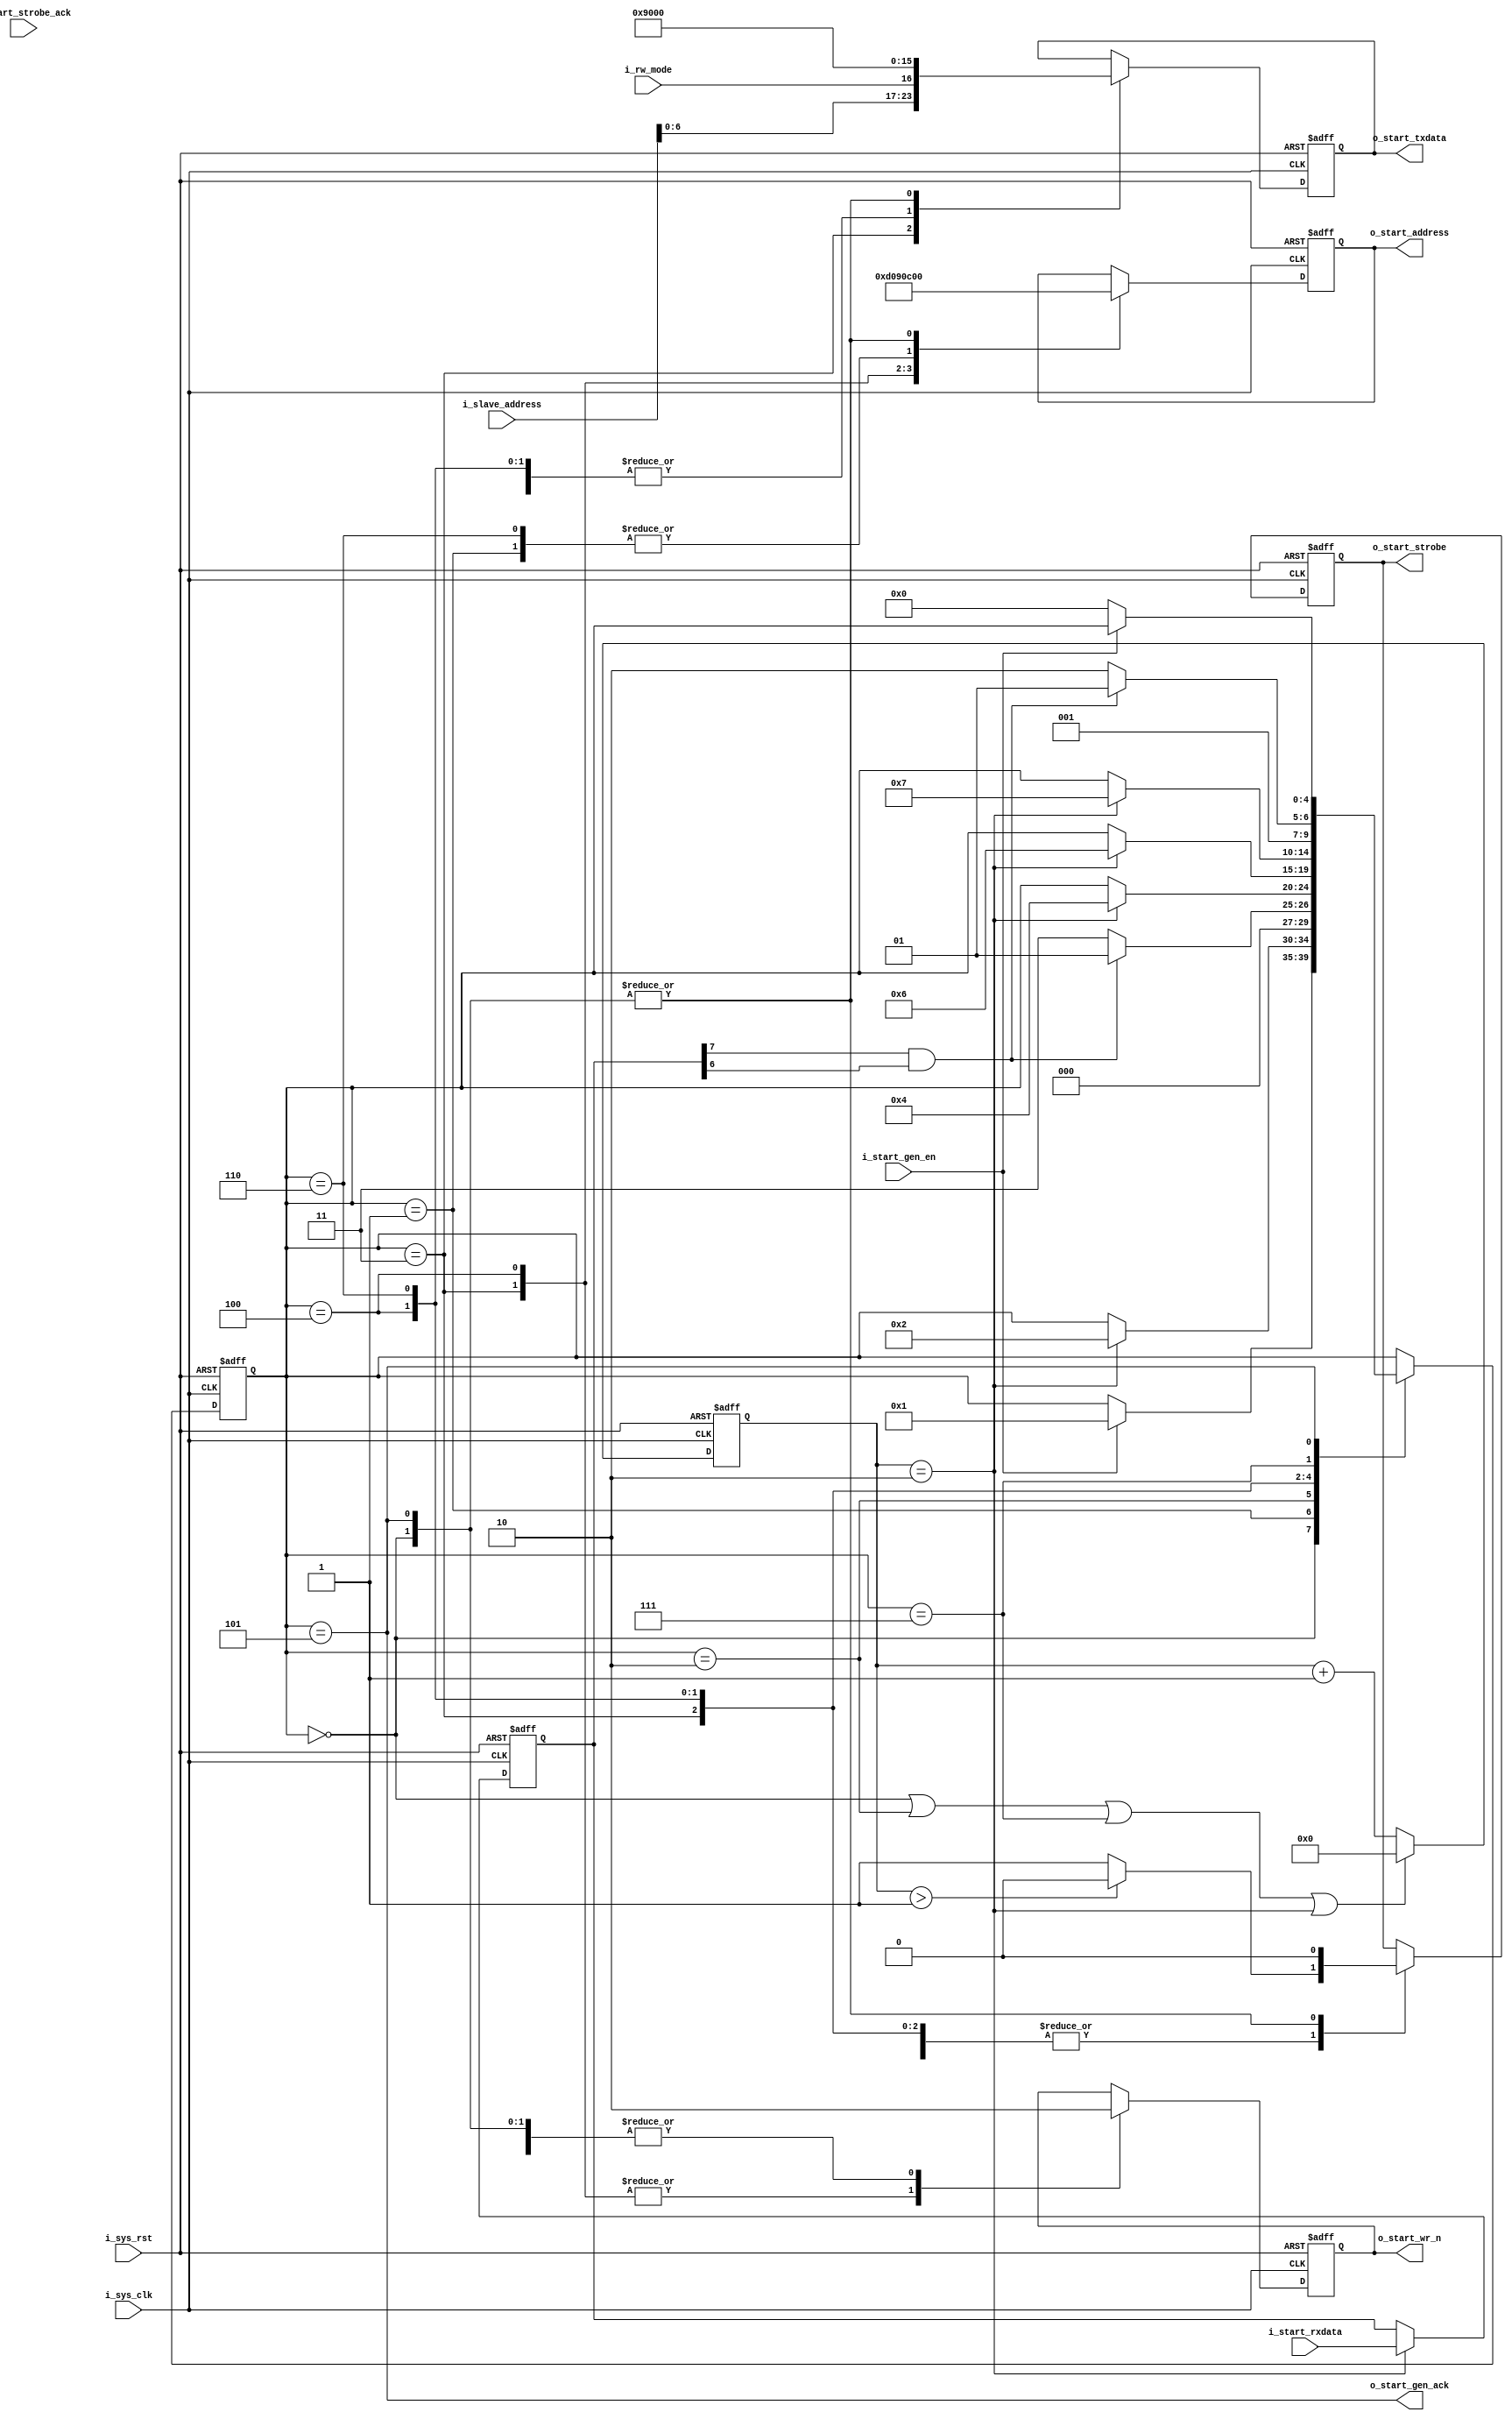
//-------------------------------------------------------------------------
//  >>>>>>>>>>>>>>>>>>>>>>>>> COPYRIGHT NOTICE <<<<<<<<<<<<<<<<<<<<<<<<<
//-------------------------------------------------------------------------
//  Copyright (c) 2012 by Lattice Semiconductor Corporation      
// 
//-------------------------------------------------------------------------
// Permission:
//
//   Lattice Semiconductor grants permission to use this code for use
//   in synthesis for any Lattice programmable logic product.  Other
//   use of this code, including the selling or duplication of any
//   portion is strictly prohibited.
//
// Disclaimer:
//
//   This VHDL or Verilog source code is intended as a design reference
//   which illustrates how these types of functions can be implemented.
//   It is the user's responsibility to verify their design for
//   consistency and functionality through the use of formal
//   verification methods.  Lattice Semiconductor provides no warranty
//   regarding the use or functionality of this code.
//-------------------------------------------------------------------------
//
//    Lattice Semiconductor Corporation
//    5555 NE Moore Court
//    Hillsboro, OR 97124
//    U.S.A
//
//    TEL: 1-800-Lattice (USA and Canada)
//    503-268-8001 (other locations)
//
//    web: http://www.latticesemi.com/
// 
//-------------------------------------------------------------------------
// 
//  Project  : LP3.5K_Pedometer_with_BLE_Interface
// 
//  Description: I2C master start condition generation logic
//
//  Code Revision History :
//-------------------------------------------------------------------------
// Ver: | Author        | Mod. Date    |Changes Made:
// V1.0 | MDN           | 03-Nov-12    |Initial version                             
//------------------------------------------------------------------------- 

`timescale 1 ns / 1 ps

module i2c_master_start_gen(
			    // Global inputs
			    i_sys_clk, i_sys_rst,
			    /*AUTOARG*/
			    // Outputs
			    o_start_gen_ack, o_start_address, o_start_txdata, o_start_strobe,
			    o_start_wr_n,
			    // Inputs
			    i_rw_mode, i_start_gen_en, i_start_strobe_ack, i_slave_address,
			    i_start_rxdata
			    );

   // Parameters
   // FSM states
   parameter IDLE     = 0;
   parameter STATE_1  = 1;
   parameter STATE_2  = 2;
   parameter STATE_3  = 3;
   parameter STATE_4  = 4;
   parameter STATE_5  = 5;
   parameter STATE_6  = 6;
   parameter STATE_7  = 7;

   // Global inputs
   input         i_sys_clk;
   input         i_sys_rst;

   // Outputs                  
   output        o_start_gen_ack;
   output [7:0]  o_start_address;
   output [7:0]  o_start_txdata;
   output        o_start_strobe;
   output        o_start_wr_n;
   
   // Inputs
   input         i_rw_mode;
   input         i_start_gen_en;
   input         i_start_strobe_ack;
   input [7:0] 	 i_slave_address;
   input [7:0] 	 i_start_rxdata;

   // Internal signals
   reg [4:0] 	 state_i;
   wire          terminate_strobe_i;
   wire          switch_state_i;
   reg [3:0] 	 cycle_count_i;
   reg [7:0] 	 rxdata_i;
   reg [7:0] 	 address_i;
   reg [7:0] 	 tx_data_i;
   reg           strobe_i;
   reg           wr_n_i;

   assign o_start_address = address_i;
   assign o_start_txdata  = tx_data_i;
   assign o_start_strobe  = strobe_i;
   assign o_start_wr_n    = wr_n_i;
   assign o_start_gen_ack = (state_i == STATE_5);
   
   // State machine to drive system interface bus
   always @(posedge i_sys_clk or posedge i_sys_rst)begin
      if(i_sys_rst)begin
         state_i <= IDLE;
         tx_data_i <= 0;
         address_i <= 0;
         strobe_i <= 0;
         wr_n_i <= 0;
      end else begin
         case(state_i)
           // Waiting for external trigger to start with configuration sequence                
           IDLE:begin
              if(i_start_gen_en)begin 
                 state_i <= STATE_1; //Skipped reading status register
              end
              tx_data_i <= 0;
              address_i <= 0;
              strobe_i <= 0;
              wr_n_i <= 0;
           end

           //Read status register to check if transaction in progress
           STATE_1:begin 
              if(switch_state_i)begin
                 state_i <= STATE_2;
              end
              tx_data_i <= 8'b1001_0000; // Don't care
              address_i <= 8'b0000_1100; // Status register
              wr_n_i <= 1'b0; //read
              
              if(terminate_strobe_i)begin
                 strobe_i <= 1'b0;
              end else begin
                 strobe_i <= 1'b1;
              end
           end

           //Check if BUSY and TIP are 0
           STATE_2:begin
              if(!(rxdata_i[7] & rxdata_i[6]))begin
                 state_i <= STATE_3;
              end else begin
                 state_i <= STATE_1;
              end
           end

           //Write slave address to tx register
           STATE_3:begin 
              if(switch_state_i)begin
                 state_i <= STATE_4;
              end
              tx_data_i <= {i_slave_address[6:0], i_rw_mode};
              address_i <= 8'b0000_1101;
              wr_n_i <= 1'b1;
              
              if(terminate_strobe_i)begin
                 strobe_i <= 1'b0;
              end else begin
                 strobe_i <= 1'b1;
              end
           end

           //Write command register to generate start condition
           STATE_4:begin 
              if(switch_state_i)begin
                 state_i <= STATE_6;
              end
              tx_data_i <= 8'b1001_0000;
              address_i <= 8'b0000_1001;
              wr_n_i <= 1'b1;
              
              if(terminate_strobe_i)begin
                 strobe_i <= 1'b0;
              end else begin
                 strobe_i <= 1'b1;
              end
           end

           //Read status register to check if transaction in progress
           STATE_6:begin 
              if(switch_state_i)begin
                 state_i <= STATE_7;
              end
              tx_data_i <= 8'b1001_0000; // Don't care
              address_i <= 8'b0000_1100; // Status register
              wr_n_i <= 1'b0; //read
              
              if(terminate_strobe_i)begin
                 strobe_i <= 1'b0;
              end else begin
                 strobe_i <= 1'b1;
              end
           end

           //Check if BUSY and TIP are 1
           STATE_7:begin
              if((rxdata_i[7] & rxdata_i[6]))begin // to make sure that start gen relieves the control only after making sure the transaction has started
                 state_i <= STATE_5;
              end else begin
                 state_i <= STATE_6;
              end
           end
           
           //return to IDLE
           STATE_5:begin 
              tx_data_i <= 0;
              address_i <= 0;
              strobe_i <= 0;
              wr_n_i <= 0;
              if(~i_start_gen_en)begin
                 state_i <= IDLE;
              end
           end
         endcase
      end
   end

   assign switch_state_i = (cycle_count_i == 2);
   assign terminate_strobe_i = (cycle_count_i > 1);
   
   always @(posedge i_sys_clk or posedge i_sys_rst)begin
      if(i_sys_rst)begin
         rxdata_i <= 0;
      end else begin
         if(cycle_count_i == 2) begin
            rxdata_i <= i_start_rxdata;
         end
      end
   end

   always @(posedge i_sys_clk or posedge i_sys_rst)begin
      if(i_sys_rst)begin
         cycle_count_i <= 0;
      end else begin
         if((state_i == IDLE) || (state_i == STATE_2)|| (state_i == STATE_7) || switch_state_i) begin
            cycle_count_i <= 0;
         end else begin
            cycle_count_i <= cycle_count_i + 1;
         end
      end
   end
   
endmodule